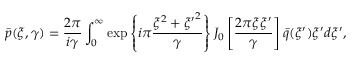
\bar { p } ( \xi , \gamma ) = \frac { 2 \pi } { i \gamma } \int _ { 0 } ^ { \infty } \exp \left\{ i \pi \frac { \xi ^ { 2 } + { \xi ^ { \prime } } ^ { 2 } } { \gamma } \right\} J _ { 0 } \left[ \frac { 2 \pi \xi \xi ^ { \prime } } { \gamma } \right] \bar { q } ( \xi ^ { \prime } ) \xi ^ { \prime } d \xi ^ { \prime } ,